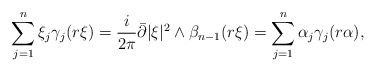
\begin{align*}\sum_{j=1}^n \xi_j \gamma_j(r\xi)=\frac i{2\pi}\bar\partial |\xi|^2\wedge \beta_{n-1}(r\xi)=\sum_{j=1}^n \alpha_j \gamma_j(r\alpha),\end{align*}